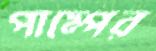
পাম্পের